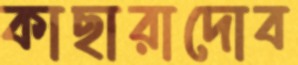
কাছারাদোব